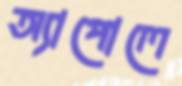
অ্যাপোলে